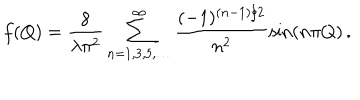
LaTeX: f ( Q ) = \frac { 8 } { \lambda \pi ^ { 2 } } \sum _ { n = 1 , 3 , 5 , \ldots } ^ { \infty } \frac { ( - 1 ) ^ { ( n - 1 ) / 2 } } { n ^ { 2 } } \sin ( n \pi Q ) \, .